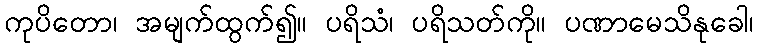
ကုပိတော၊ အမျက်ထွက်၍။ ပရိသံ၊ ပရိသတ်ကို။ ပဏာမေသိနုခေါ၊